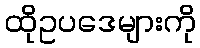
ထိုဥပဒေများကို